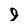
Character: 9